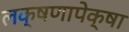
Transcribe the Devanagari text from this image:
लक्षणापेक्षा